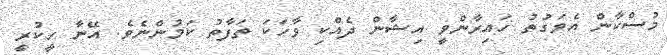
މުސްކާން އެވަގުތު ހައިރާންވީ އިޝާން ދެއްކި ވާހަކަ ތަފާތު ކަމުންނެވެ. އޭނާ ހީކުރީ